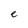
Character: e